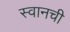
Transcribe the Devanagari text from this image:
स्वानची